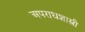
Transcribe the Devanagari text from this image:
अपराधशास्त्री